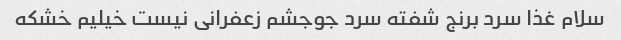
سلام غذا سرد برنج شفته سرد جوجشم زعفرانی نیست خیلیم خشکه